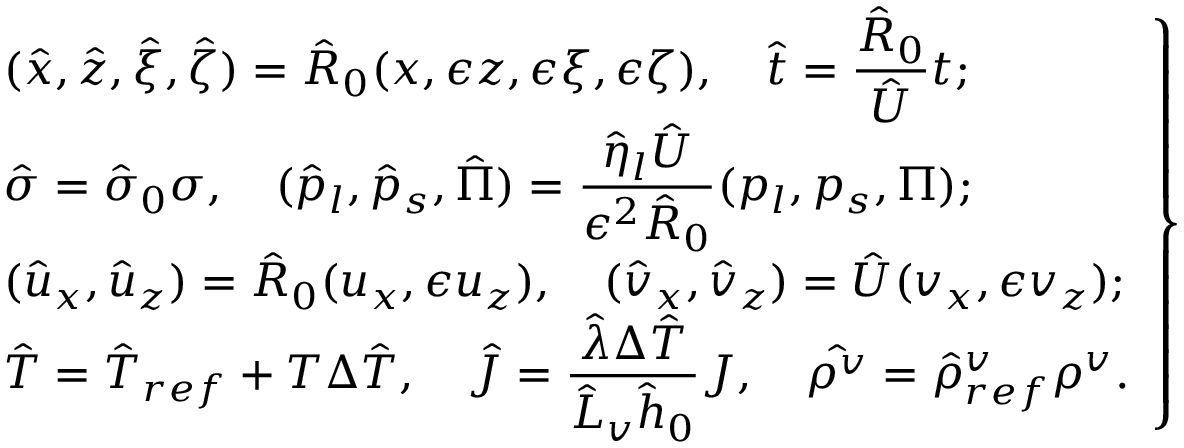
\left. \begin{array} { l } { \displaystyle ( \hat { x } , \hat { z } , \hat { \xi } , \hat { \zeta } ) = \hat { R } _ { 0 } ( x , \epsilon z , \epsilon \xi , \epsilon \zeta ) , \quad \hat { t } = \frac { \hat { R } _ { 0 } } { { \hat { U } } } t ; } \\ { \displaystyle \hat { \sigma } = \hat { \sigma } _ { 0 } \sigma , \quad ( \hat { p } _ { l } , \hat { p } _ { s } , \hat { \Pi } ) = \frac { \hat { \eta } _ { l } { \hat { U } } } { \epsilon ^ { 2 } \hat { R } _ { 0 } } ( p _ { l } , p _ { s } , \Pi ) ; } \\ { \displaystyle ( \hat { u } _ { x } , \hat { u } _ { z } ) = \hat { R } _ { 0 } ( u _ { x } , \epsilon u _ { z } ) , \quad ( \hat { v } _ { x } , \hat { v } _ { z } ) = \hat { U } ( v _ { x } , \epsilon v _ { z } ) ; } \\ { \displaystyle \hat { T } = \hat { T } _ { r e f } + T \Delta \hat { T } , \quad \hat { J } = \frac { \hat { \lambda } \Delta \hat { T } } { \hat { L } _ { v } \hat { h } _ { 0 } } J , \quad \hat { \rho ^ { v } } = \hat { \rho } _ { r e f } ^ { v } \rho ^ { v } . } \end{array} \right\}